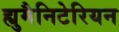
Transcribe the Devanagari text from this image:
ह्युमैनिटेरियन